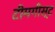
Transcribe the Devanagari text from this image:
टीमगीस्ट